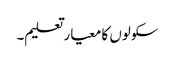
سکولوں کا معیار تعلیم۔